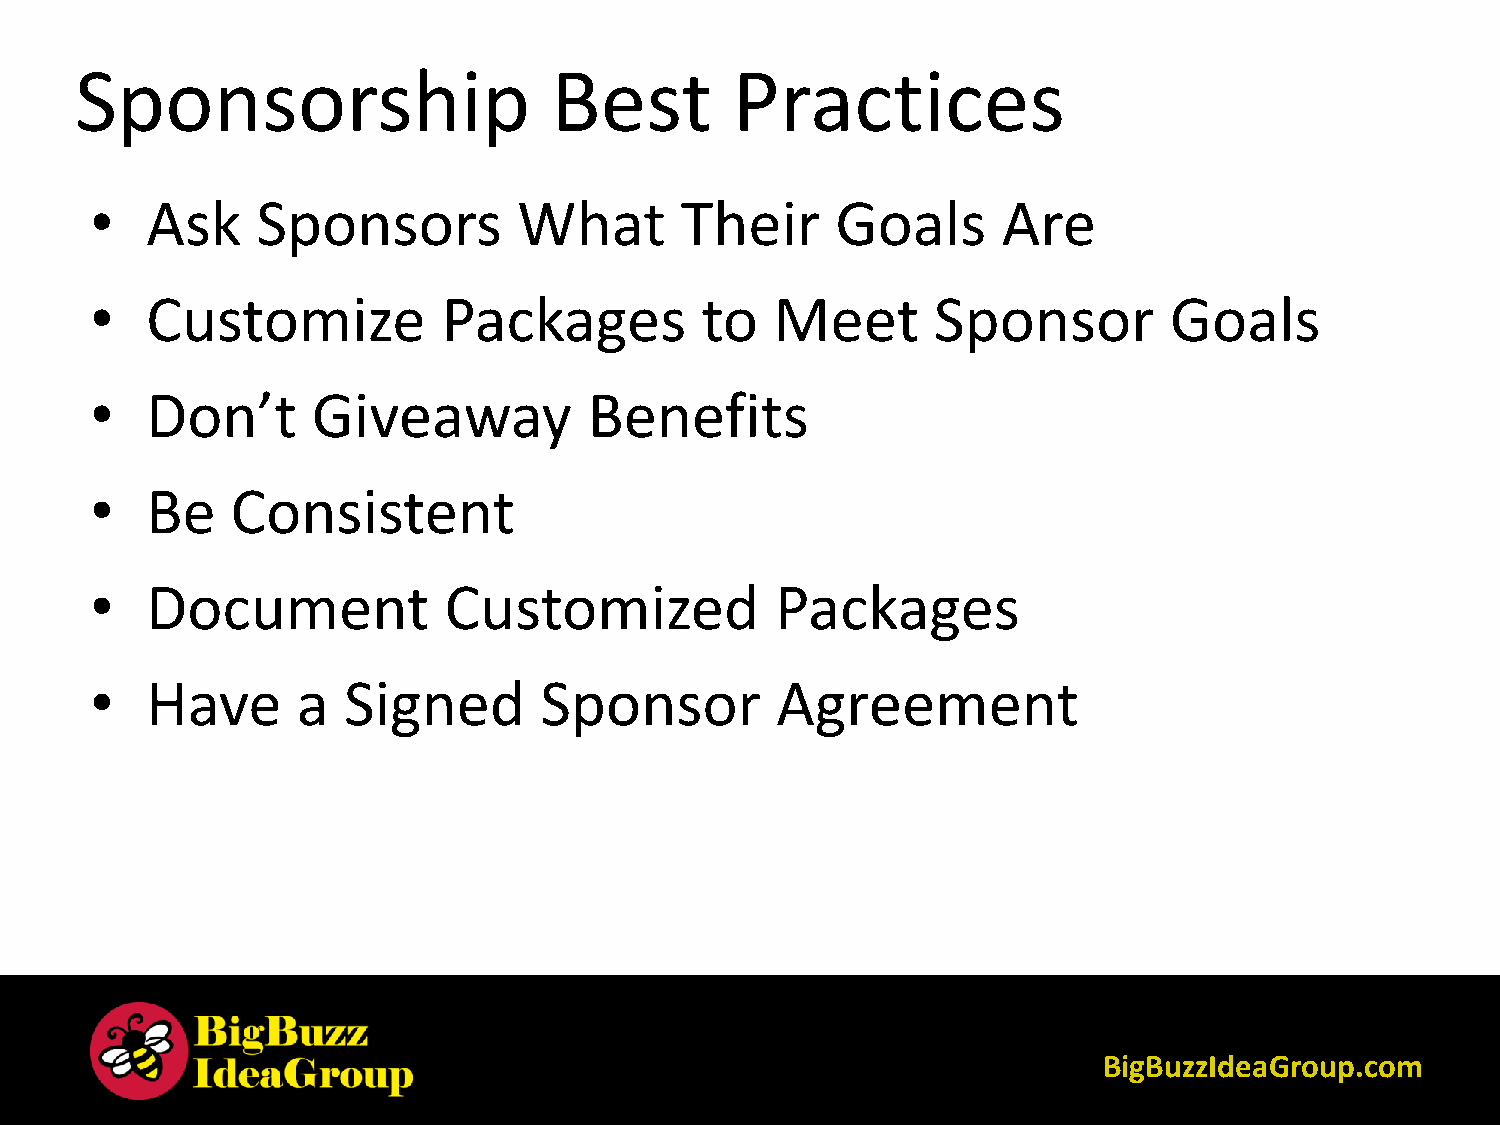
Sponsorship                    Best         Practices
 •   Ask    Sponsors         What       Their     Goals      Are
 •   Customize          Packages         to   Meet       Sponsor        Goals
 •   Don’t      Giveaway          Benefits
 •   Be   Consistent
 •   Document           Customized            Packages
 •   Have      a  Signed       Sponsor        Agreement
 BigBuzzIdeaGroup.com